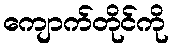
ကျောက်တိုင်ကို